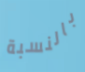
بالنسبة